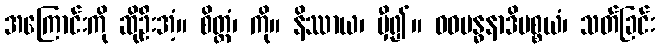
အကြောင်းကို ဆိုဦးအံ့။ စိတ္တံ၊ ကို။ နိဿာယ၊ မှီ၍။ ဝဓဗန္ဓနာဒိပစ္စယံ၊ သတ်ခြင်း